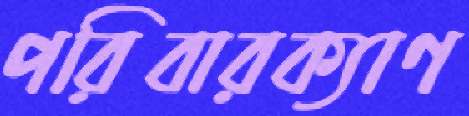
পরিবারক্যাণ